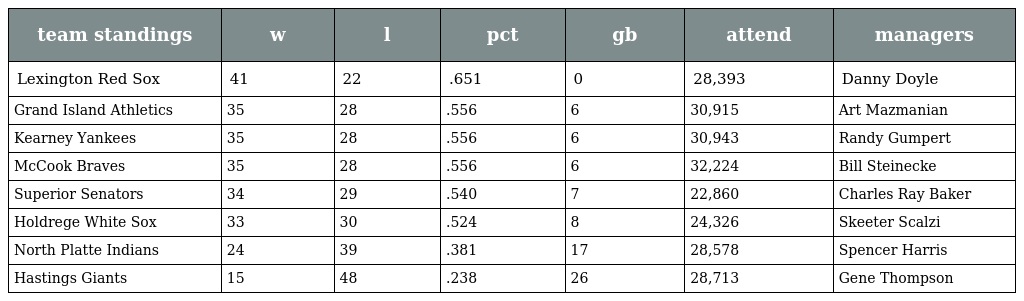
| team standings | w | l | pct | gb | attend | managers |
 | --- | --- | --- | --- | --- | --- | --- |
 | Lexington Red Sox | 41 | 22 | .651 | 0 | 28,393 | Danny Doyle |
 | Grand Island Athletics | 35 | 28 | .556 | 6 | 30,915 | Art Mazmanian |
 | Kearney Yankees | 35 | 28 | .556 | 6 | 30,943 | Randy Gumpert |
 | McCook Braves | 35 | 28 | .556 | 6 | 32,224 | Bill Steinecke |
 | Superior Senators | 34 | 29 | .540 | 7 | 22,860 | Charles Ray Baker |
 | Holdrege White Sox | 33 | 30 | .524 | 8 | 24,326 | Skeeter Scalzi |
 | North Platte Indians | 24 | 39 | .381 | 17 | 28,578 | Spencer Harris |
 | Hastings Giants | 15 | 48 | .238 | 26 | 28,713 | Gene Thompson |